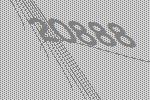
20888